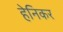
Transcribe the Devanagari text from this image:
हेनिकर